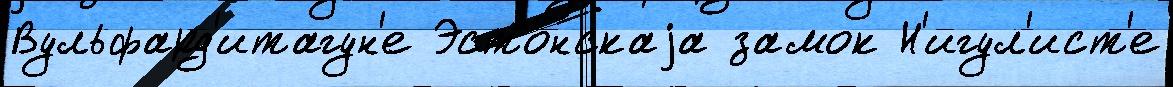
Вульфард'итагун'е Эсто́нскаjа замок Н'игул'ист'е